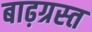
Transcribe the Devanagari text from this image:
बाढ़ग्रस्‍त